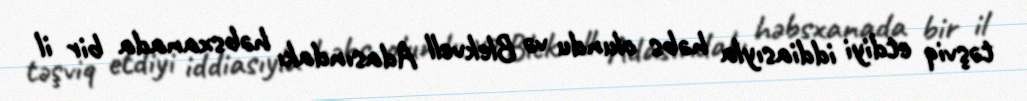
təşviq etdiyi iddiasıyla həbs olundu və Blekvell Adasındakı həbsxanada bir il